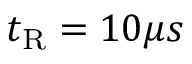
t _ { \mathrm { { R } } } = 1 0 \mu s